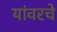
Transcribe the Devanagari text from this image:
यांवरचे